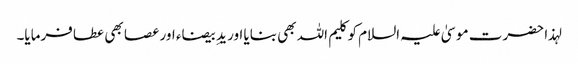
لہذا حضرت موسیٰ علیہ السلام کو کلیم اللہ بھی بنایا اور یدِ بیضاء اور عصا بھی عطا فرمایا۔